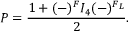
{ \cal P } = \frac { 1 + ( - ) ^ { F } { \cal I } _ { 4 } ( - ) ^ { F _ { L } } } { 2 } .